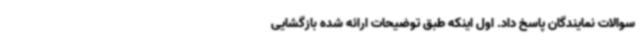
سوالات نمایندگان پاسخ داد. اول اینکه طبق توضیحات ارائه شده بازگشایی